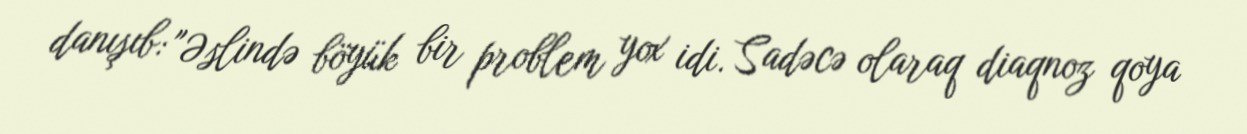
danışıb: "Əslində böyük bir problem yox idi. Sadəcə olaraq diaqnoz qoya